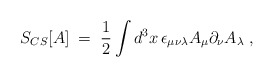
\begin{align*}S_{CS}[A]\;=\;\frac{1}{2}\int d^{3}x\,\epsilon _{\mu \nu \lambda }A_{\mu}\partial _{\nu }A_{\lambda }\;, \end{align*}